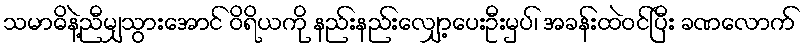
သမာဓိနဲ့ညီမျှသွားအောင် ဝိရိယကို နည်းနည်းလျှော့ပေးဦးမှပ်၊ အခန်းထဲဝင်ပြီး ခဏလောက်